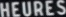
HEURES